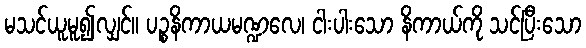
မသင်ယူမူ၍လျှင်။ ပဉ္စနိကာယမဏ္ဍလေ၊ ငါးပါးသော နိကာယ်ကို သင်ပြီးသော